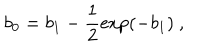
LaTeX: b _ { 0 } = b _ { 1 } - \frac { 1 } { 2 } \exp ( - b _ { 1 } ) ~ ,